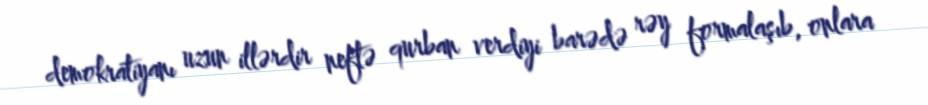
demokratiyanı uzun illərdir neftə qurban verdiyi barədə rəy formalaşıb, onlara